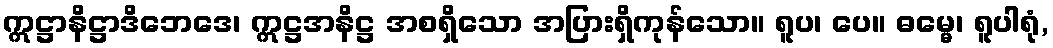
ဣဋ္ဌာနိဋ္ဌာဒိဘေဒေ၊ ဣဋ္ဌအနိဋ္ဌ အစရှိသော အပြားရှိကုန်သော။ ရူပ၊ ပေ။ ဓမ္မေ၊ ရူပါရုံ,